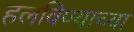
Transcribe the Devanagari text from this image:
हलविण्याच्या